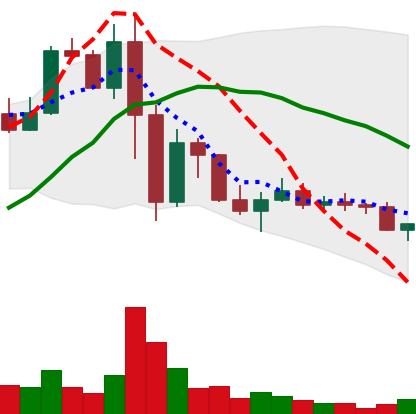
Ticker: LINK-USD
Chart end date: 2022-11-21
Forward return: 21.77%
Label: up_7plus